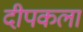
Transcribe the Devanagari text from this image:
दीपकला